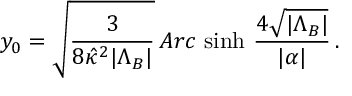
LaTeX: y _ { 0 } = \sqrt { \frac { 3 } { 8 \hat { \kappa } ^ { 2 } | \Lambda _ { B } | } } \, A r c \, \sinh \, \frac { 4 \sqrt { | \Lambda _ { B } | } } { | \alpha | } \, .